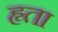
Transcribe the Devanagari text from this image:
हृता